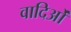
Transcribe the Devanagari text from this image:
वादिओं